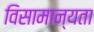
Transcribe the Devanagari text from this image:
विसामान्यता